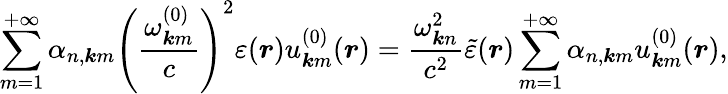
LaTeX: \sum_{m=1}^{+\infty}\alpha_{n,\boldsymbol{k}m}\left(\frac{\omega_{\boldsymbol{k}m}^{(0)}}{c}\right)^{2}\varepsilon(\boldsymbol{r})u_{\boldsymbol{k}m}^{(0)}(\boldsymbol{r})=\frac{\omega_{\boldsymbol{k}n}^{2}}{c^{2}}\tilde{\varepsilon}(\boldsymbol{r})\sum_{m=1}^{+\infty}\alpha_{n,\boldsymbol{k}m}u_{\boldsymbol{k}m}^{(0)}(\boldsymbol{r}),